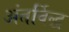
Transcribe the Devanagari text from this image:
अंतर्विद्ध